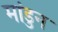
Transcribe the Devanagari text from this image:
मांडुन